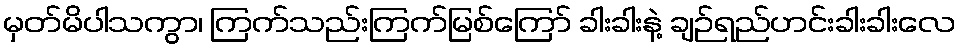
မှတ်မိပါသကွာ၊ ကြက်သည်းကြက်မြစ်ကြော် ခါးခါးနဲ့ ချဉ်ရည်ဟင်းခါးခါးလေ